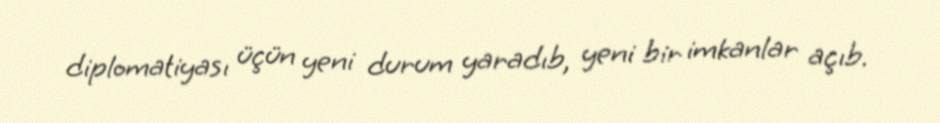
diplomatiyası üçün yeni durum yaradıb, yeni bir imkanlar açıb.